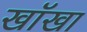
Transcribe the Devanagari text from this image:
खॉखा